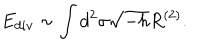
LaTeX: E _ { d i v } \sim \int d ^ { 2 } \sigma \sqrt { - h } R ^ { ( 2 ) } .